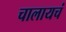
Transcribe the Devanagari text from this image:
चालायचं